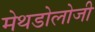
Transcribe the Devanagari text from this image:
मेथडोलोजी